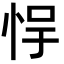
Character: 𫺃